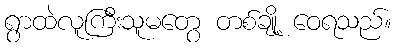
ရွာထဲလူကြီးသူမတွေ တစ်ချို့ ဝေရသည်။